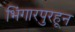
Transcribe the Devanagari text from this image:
भिंगारपुरहून